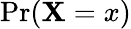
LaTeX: \mathrm{Pr}(\mathbf{X}=x)